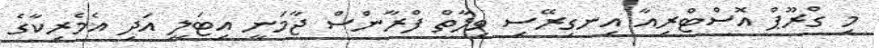
މި ގްރޫޕް އޮސްޓްރިއާ އިނގިރޭސި ވިލާތް ފްރާންސް ޖާމަނީ އިޓަލީ އަދި އެމެރިކާގެ